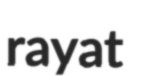
rayat